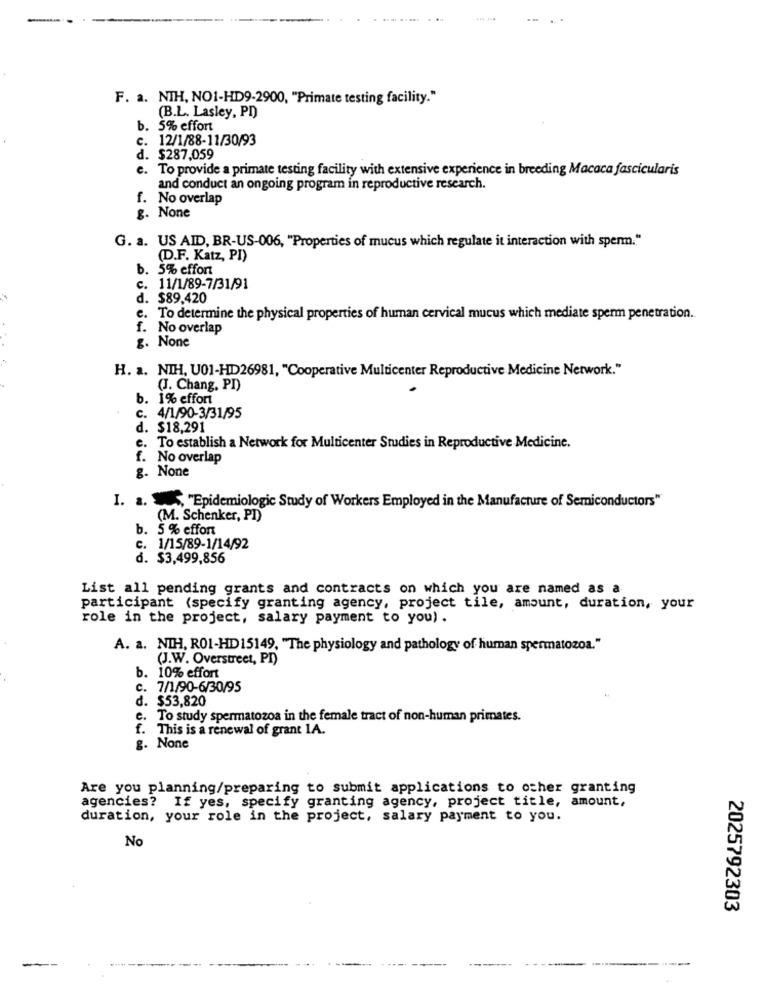
F. a. NIH, NO1-HD9-2900, "Primate testing facility."
(B.L. Lasley, PD)
b. 5% effort
. 12/1/88-11/30/93
d. $287,059
e. To provide a primate testing facility with extensive experience in breeding Macaca fascicularis
and conduct an ongoing program in reproductive research.
f. No overlap
g. None
G. a. US AID, BR-US-006, "Properties of mucus which regulate it interaction with sperm."
(D.F. Katz, PI)
. 5% effort
c. 11/1/89-7/31/91
d. $89.420
c. To determine the physical properties of human cervical mucus which mediate sperm penetration.
f. No overlap
g. None
H. a. NIH, U01-HD26981, "Cooperative Multicenter Reproductive Medicine Network."
(J. Chang, PI)
b. 1% effort
. 4/1/90-3/31/95
. $18,291
. To establish a Network for Multicenter Studies in Reproductive Medicine.
f. No overlap
g. None
I. a. , "Epidemiologic Study of Workers Employed in the Manufacture of Semiconductors"
(M. Schenker, PI)
. 5 % effort
c. 1/15/89-1/14/92
d. $3,499,856
List all pending grants and contracts on which you are named as a
participant (specify granting agency, project tile, amount, duration, your
role in the project, salary payment to you) .
A. a. NIH, RO1-HD15149. "The physiology and pathology of human spermatozoa."
(J.W. Overstreet, PI)
b. 10% effort
c. 7/1/90-6/30/95
d. $53,820
c. To study spermatozoa in the female tract of non-human primates.
f. This is a renewal of grant 1A.
g. None
Are you planning/preparing to submit applications to other granting
agencies? If yes, specify granting agency, project title, amount,
duration, your role in the project, salary payment to you.
No
2025792303